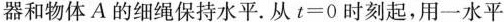
器和物体A的细绳保持水平.从t=0时刻起，用一水平